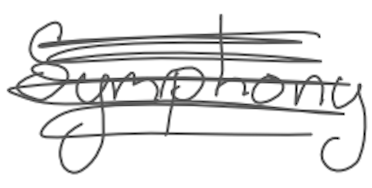
Text: Symphony
Cross-out: scratch
Writing tool: digital_gray